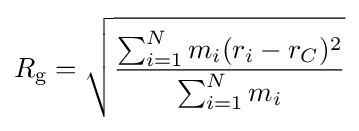
R_{\mathrm {g} }={\sqrt {\frac {\sum _{i=1}^{N}m_{i}(r_{i}-r_{C})^{2}}{\sum _{i=1}^{N}m_{i}}}}